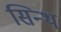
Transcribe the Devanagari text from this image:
सिन्थ